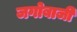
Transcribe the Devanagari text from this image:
जगोबाजी